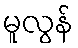
မူလွန်